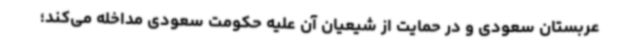
عربستان سعودی و در حمایت از شیعیان آن علیه حکومت سعودی مداخله می‌کند؛